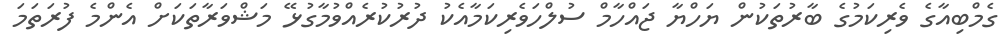
ގެމްބިއާގެ ވެރިކަމުގެ ބާރުތަކުން ޔަހްޔާ ޖައްހާމް ސުލްހަވެރިކަމާއެކު ދުރުކުރެއްވުމާގުޅޭ މަޝްވަރާތަކަށް އެންމެ ފުރަތަމަ